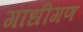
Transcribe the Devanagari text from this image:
गांधीगण